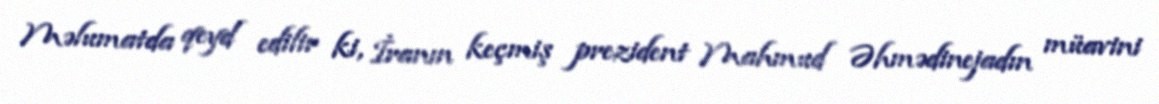
Məlumatda qeyd edilir ki, İranın keçmiş prezident Mahmud Əhmədinejadın müavini